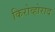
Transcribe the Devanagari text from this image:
किरोव्होराद